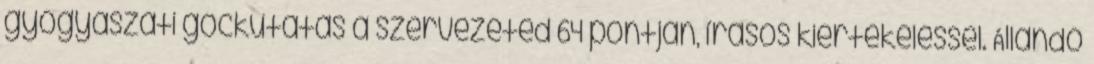
gyógyászati góckutatás a szervezeted 64 pontján, írásos kiértékeléssel. Állandó